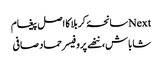
Nextسانحۂ کربلا کا اصل پیغام
شاباش، ننھے پروفیسر حماد صافی